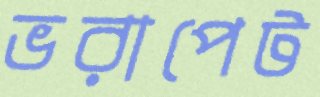
ভরাপেট